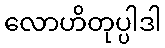
လောဟိတုပ္ပါဒါ